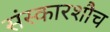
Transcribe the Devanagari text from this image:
संस्कारशौच